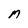
Character: M